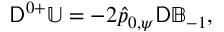
\mathsf { D } ^ { 0 + } \mathbb { U } = - 2 \hat { p } _ { 0 , \psi } \mathsf { D } \mathbb { B } _ { - 1 } ,